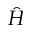
\hat { H }